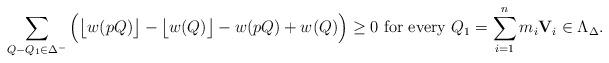
LaTeX: \begin{align*} \sum_{Q-Q_1\in \Delta^-}\Big(\big\lfloor w(pQ)\big\rfloor-\big\lfloor w(Q)\big\rfloor- w(pQ)+w(Q)\Big)\geq 0 \textrm{\ for every\ } Q_1=\sum\limits_{i=1}^n m_i\mathbf V_i\in \Lambda_{\Delta}. \end{align*}